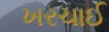
ખરચાઈ